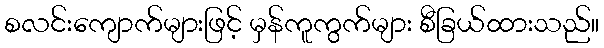
စလင်းကျောက်များဖြင့် မှန်ကူကွက်များ စီခြယ်ထားသည်။